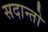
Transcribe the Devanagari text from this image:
सदान्तो